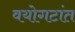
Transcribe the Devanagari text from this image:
वयोगटांत